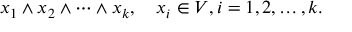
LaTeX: x _ { 1 } \wedge x _ { 2 } \wedge \cdots \wedge x _ { k } , \quad x _ { i } \in V , i = 1 , 2 , \ldots , k .